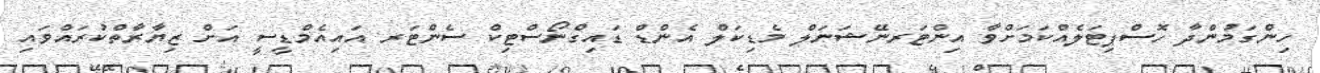
ހިންގަމުންދާ ހޮސްޕިޓަލެއްކަމަށްވާ އިންޓަރނޭޝަނަލް މެޑިކަލް އެންޑް ޑައިގްނޯސްޓިކް ސެންޓަރ އައިއެމްޑީސީ އަށް ޒިޔާރާތްކުރައްވައި